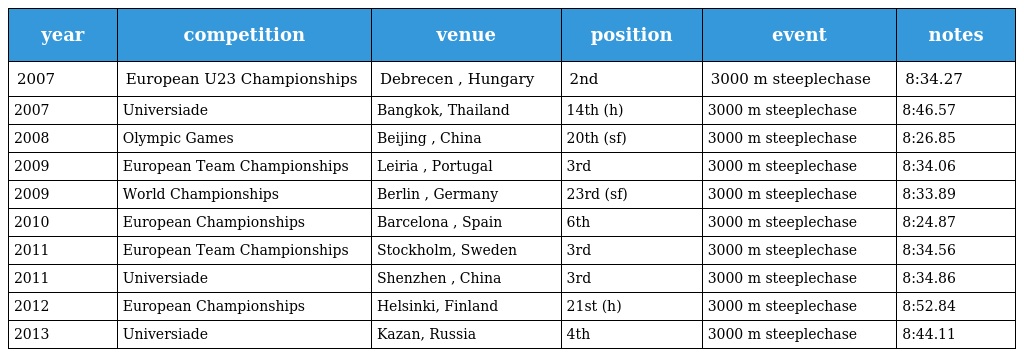
| year | competition | venue | position | event | notes |
 | --- | --- | --- | --- | --- | --- |
 | 2007 | European U23 Championships | Debrecen , Hungary | 2nd | 3000 m steeplechase | 8:34.27 |
 | 2007 | Universiade | Bangkok, Thailand | 14th (h) | 3000 m steeplechase | 8:46.57 |
 | 2008 | Olympic Games | Beijing , China | 20th (sf) | 3000 m steeplechase | 8:26.85 |
 | 2009 | European Team Championships | Leiria , Portugal | 3rd | 3000 m steeplechase | 8:34.06 |
 | 2009 | World Championships | Berlin , Germany | 23rd (sf) | 3000 m steeplechase | 8:33.89 |
 | 2010 | European Championships | Barcelona , Spain | 6th | 3000 m steeplechase | 8:24.87 |
 | 2011 | European Team Championships | Stockholm, Sweden | 3rd | 3000 m steeplechase | 8:34.56 |
 | 2011 | Universiade | Shenzhen , China | 3rd | 3000 m steeplechase | 8:34.86 |
 | 2012 | European Championships | Helsinki, Finland | 21st (h) | 3000 m steeplechase | 8:52.84 |
 | 2013 | Universiade | Kazan, Russia | 4th | 3000 m steeplechase | 8:44.11 |